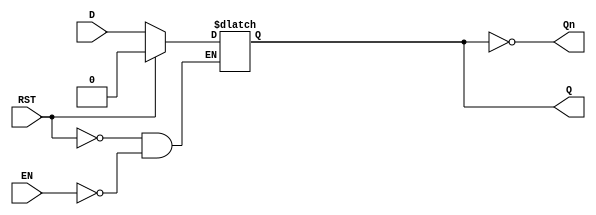
module LatchRegister (
    input wire D,            // Data input
    input wire EN,           // Enable signal
    input wire RST,          // Asynchronous reset (active high)
    output reg Q,           // Output
    output wire Qn           // Inverted output
);

// Inverted output
assign Qn = ~Q;

// Latch behavior
always @(*) begin
    if (RST) begin
        Q <= 1'b0;          // Reset Q to 0 when RST is high
    end else if (EN) begin
        Q <= D;             // Update Q with D when EN is high
    end
    // If EN is low, Q retains its previous state
end

endmodule